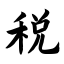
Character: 税